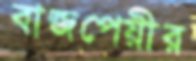
বাজপেয়ীর